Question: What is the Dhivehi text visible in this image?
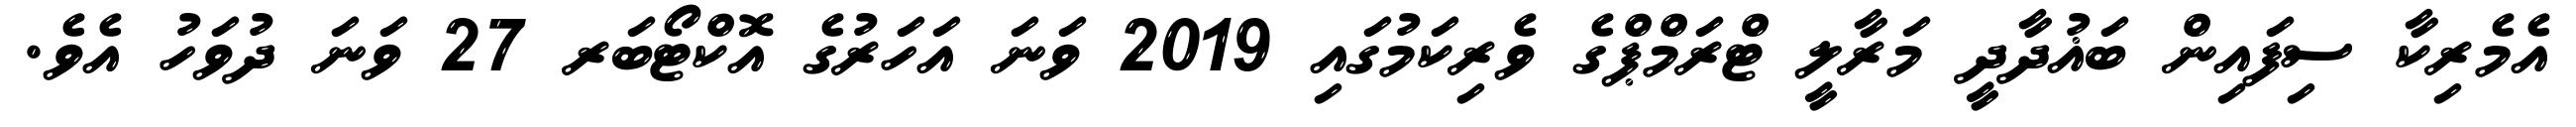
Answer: އެމެރިކާ ސިފައިން ބަޣުދާދީ މަރާލީ ޓްރަމްޕްގެ ވެރިކަމުގައި 2019 ވަނަ އަހަރުގެ އޮކްޓޯބަރ 27 ވަނަ ދުވަހު އެވެ.